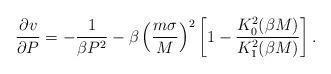
LaTeX: \begin{align*}\frac {\partial v}{\partial P}=-\frac {1}{\beta P^2}-\beta \left (\frac {m\sigma}{M}\right )^2\left[1-\frac {K_0^2(\beta M)}{K_1^2(\beta M)}\right ].\end{align*}